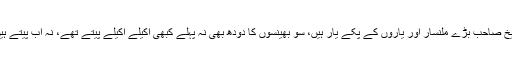
شیخ صاحب بڑے ملنسار اور یاروں کے پکے یار ہیں، سو بھینسوں کا دودھ بھی نہ پہلے کبھی اکیلے اکیلے پیتے تھے، نہ اب پیتے ہیں۔